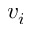
v _ { i }